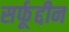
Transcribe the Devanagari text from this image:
सर्फूद्दीन